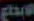
الابداع